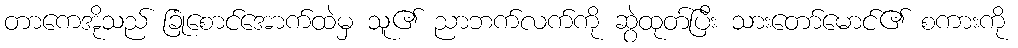
တာကေအိုသည် ခြုံစောင်အောက်ထဲမှ သူ၏ ညာဘက်လက်ကို ဆွဲထုတ်ပြီး သားတော်မောင်၏ စကားကို